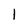
Character: 1